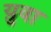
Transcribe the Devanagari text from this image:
य़ुवा